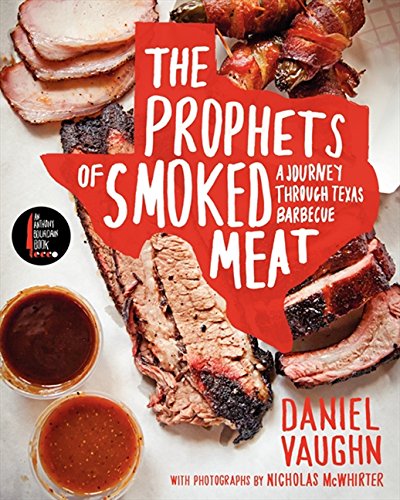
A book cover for The Prophets of Smoked Meat: A Journey Through Texas Barbecue; Daniel Vaughn; Cookbooks, Food & Wine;